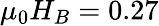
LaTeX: \mu_{0}H_{B}=0.27